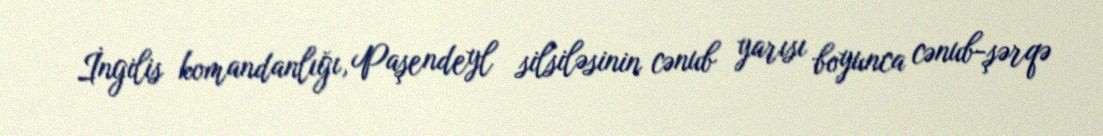
İngilis komandanlığı, Paşendeyl silsiləsinin cənub yarısı boyunca cənub-şərqə